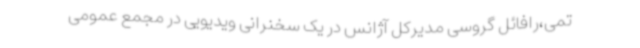
تمی،رافائل گروسی مدیرکل آژانس در یک سخنرانی ویدیویی در مجمع عمومی